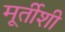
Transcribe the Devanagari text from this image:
मूर्तीशी